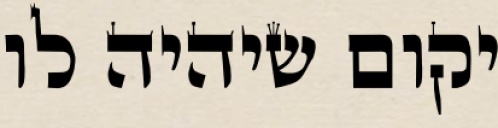
יקום שיהיה לו